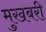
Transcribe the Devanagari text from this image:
मुखबरी